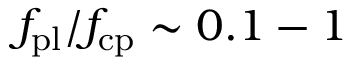
f _ { \mathrm { p l } } / f _ { \mathrm { c p } } \sim 0 . 1 - 1